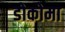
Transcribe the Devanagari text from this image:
डोकोमा